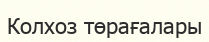
Колхоз төрағалары